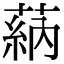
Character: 蒳